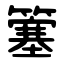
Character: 簺